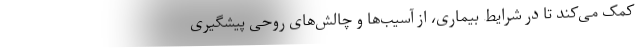
کمک می‌کند تا در شرایط بیماری، از آسیب‌ها و چالش‌های روحی پیشگیری